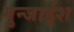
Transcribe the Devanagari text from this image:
गुन्जाईश